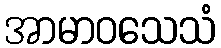
အာမာဝသေသံ